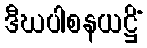
ဒီဃပါစနယဋ္ဌိံ